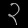
Digit: ၃